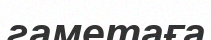
гаметаға